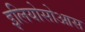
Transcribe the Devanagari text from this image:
इलियोसोआस